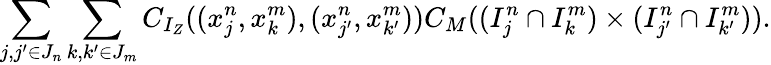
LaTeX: \sum_{j,j^{\prime}\in J_{n}}\sum_{k,k^{\prime}\in J_{m}}C_{I_{Z}}((x_{j}^{n},x_{k}^{m}),(x_{j^{\prime}}^{n},x_{k^{\prime}}^{m}))C_{M}((I_{j}^{n}\cap I_{k}^{m})\times(I_{j^{\prime}}^{n}\cap I_{k^{\prime}}^{m})).